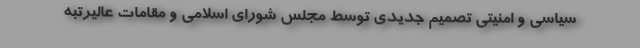
سیاسی و امنیتی تصمیم جدیدی توسط مجلس شورای اسلامی و مقامات عالیرتبه